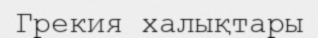
Грекия халықтары